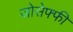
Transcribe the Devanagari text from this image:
जोसेफ्फी